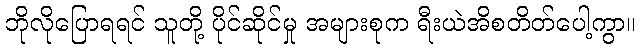
ဘိုလိုပြောရရင် သူတို့ ပိုင်ဆိုင်မှု အများစုက ရီးယဲအိစတိတ်ပေါ့ကွာ။